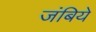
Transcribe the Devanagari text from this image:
जंबिये